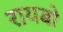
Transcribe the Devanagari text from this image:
रायबो